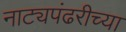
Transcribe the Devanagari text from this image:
नाट्यपंढरीच्या